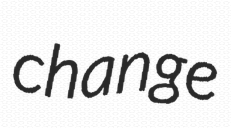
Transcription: change